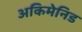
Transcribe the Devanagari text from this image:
अकिमेनिड